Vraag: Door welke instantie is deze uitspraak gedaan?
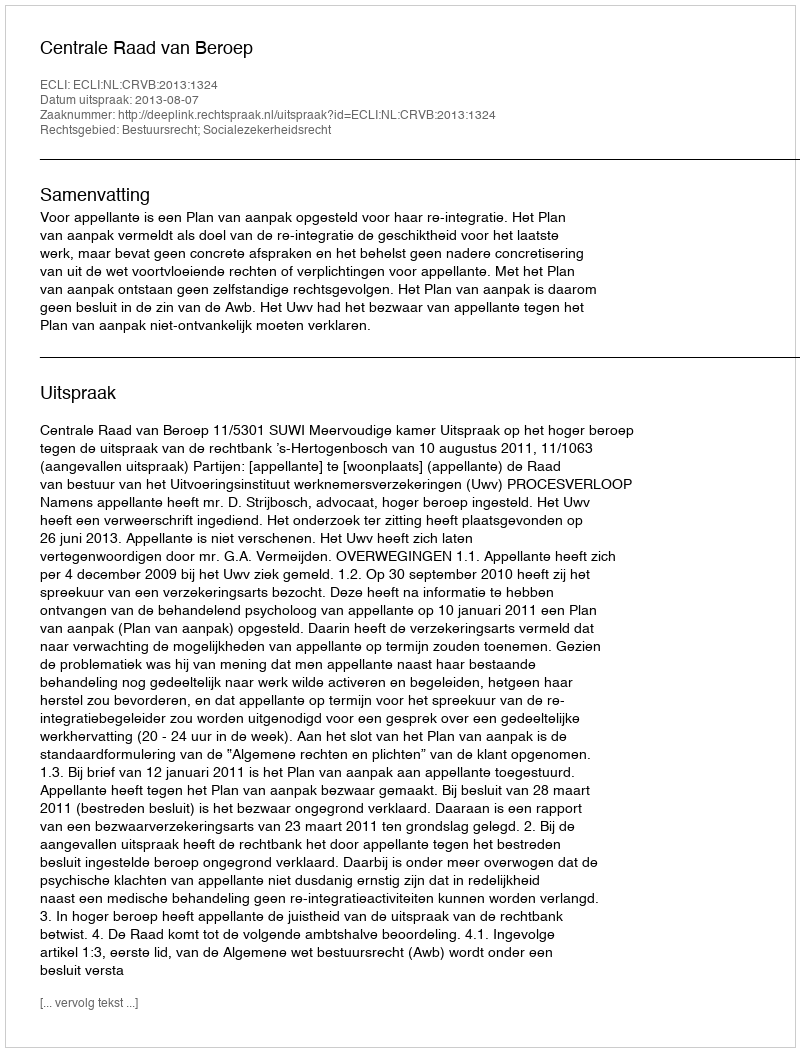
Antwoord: Centrale Raad van Beroep